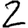
Digit: 2